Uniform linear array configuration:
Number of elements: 4
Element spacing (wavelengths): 0.75
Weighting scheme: uniform
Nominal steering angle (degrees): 45
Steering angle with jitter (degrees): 45.464
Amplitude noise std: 0.05
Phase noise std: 0.05

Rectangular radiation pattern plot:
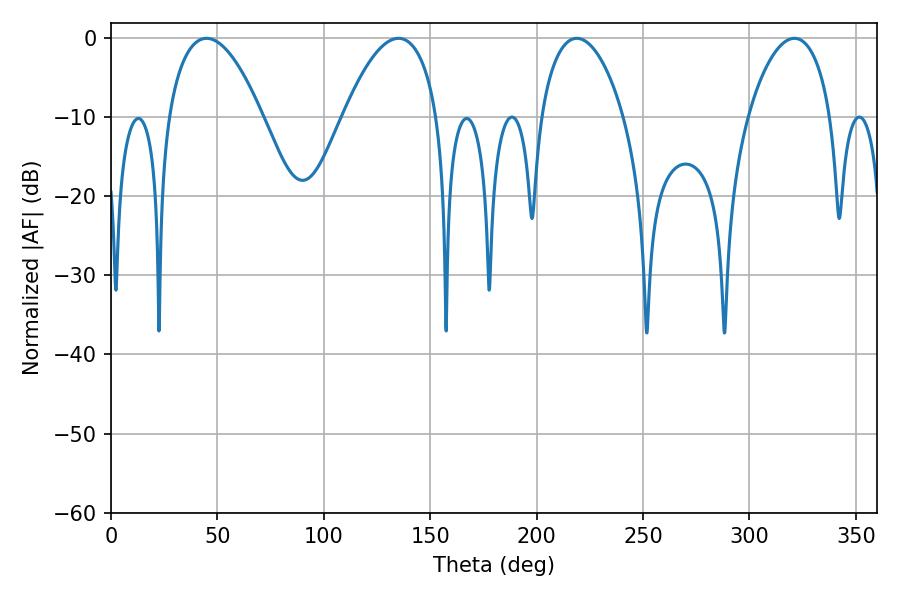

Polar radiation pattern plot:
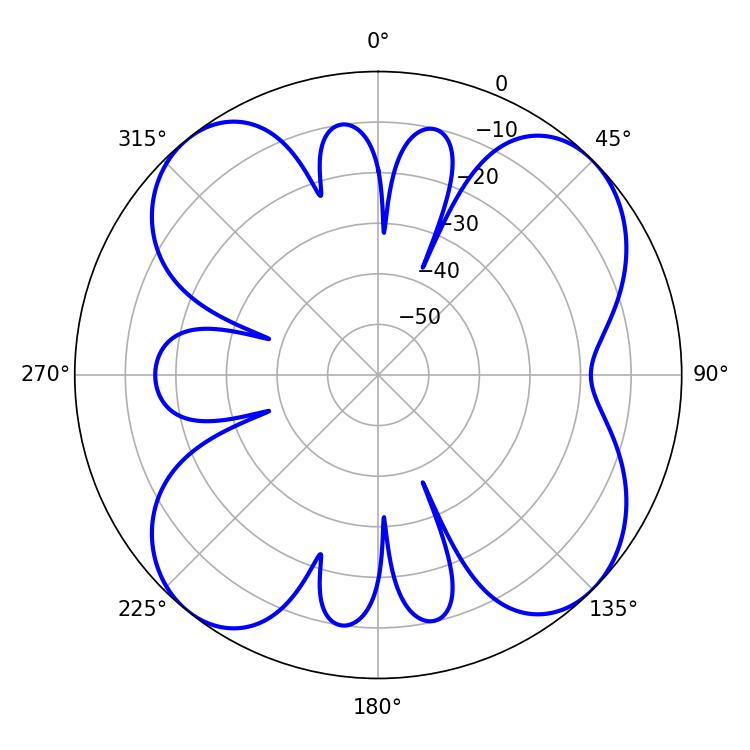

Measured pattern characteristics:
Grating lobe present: TRUE
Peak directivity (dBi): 11.292
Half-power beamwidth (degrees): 21.96
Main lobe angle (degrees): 218.88